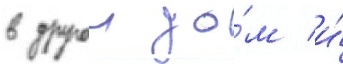
в другои до́м и́